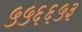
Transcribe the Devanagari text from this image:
५५६६५३